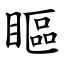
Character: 瞘